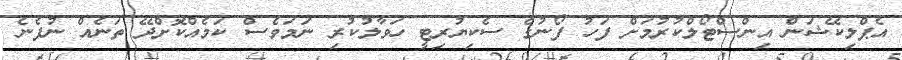
އެޕްލިކޭޝަން އިންސްޓޯލްކުރުމަށް ފަހު ފޯނުގެ ސެކިޔުރިޓީ ހަވާލުކުރި ނަމަވެސް ކަމެއްކޮށްދޭ ތަނެއް ނުފެނެ